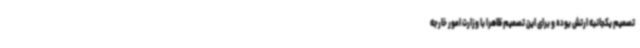
تصمیم یکجانبه ارتش بوده و برای این تصمیم ظاهرا با وزارت امور خارجه